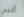
أنني